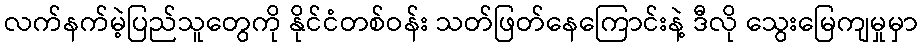
လက်နက်မဲ့ပြည်သူတွေကို နိုင်ငံတစ်ဝန်း သတ်ဖြတ်နေကြောင်းနဲ့ ဒီလို သွေးမြေကျမှုမှာ